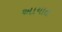
અાયાત